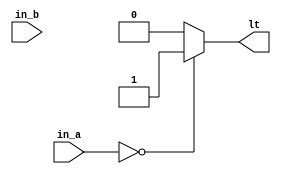
`timescale 1ns / 1ps

module COMP_Z(
    input [3:0] in_a, in_b,
    output lt
    );

assign lt = (in_a == 0) ? 1 : 0;

endmodule